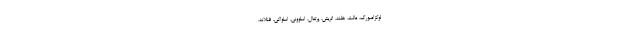
لوکزامبورگ، مالت، هلند، اتریش، پرتغال، اسلوونی، اسلواکی، فنلاند،